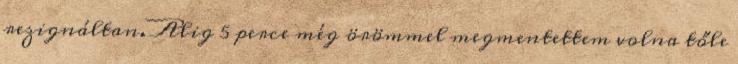
rezignáltan. Alig 5 perce még örömmel megmentettem volna tőle